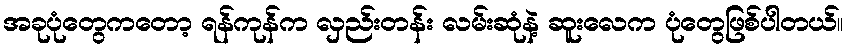
အခုပုံတွေကတော့ ရန်ကုန်က လှည်းတန်း လမ်းဆုံနဲ့ ဆူးလေက ပုံတွေဖြစ်ပါတယ်။